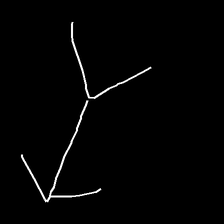
Glyph: gather